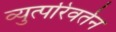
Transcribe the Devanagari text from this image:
व्युत्परिवर्तन